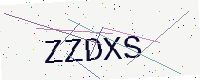
Text: ZZDXS